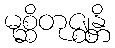
မုစ္ဆိတုဇ္ဈန္တိ